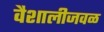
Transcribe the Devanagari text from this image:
वैशालीजवळ